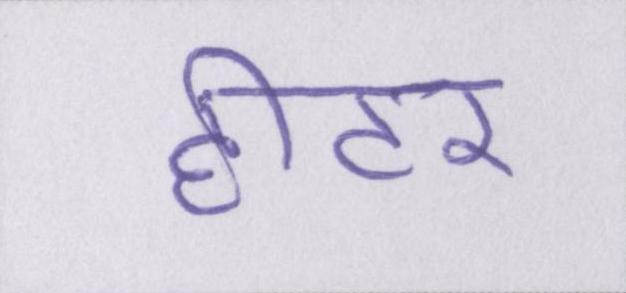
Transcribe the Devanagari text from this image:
हीटर